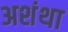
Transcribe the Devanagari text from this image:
अशंथा